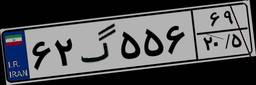
۶۲گ۵۵۶۶۹